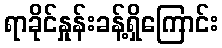
ရာခိုင်နှုန်းခန့်ရှိကြောင်း